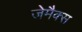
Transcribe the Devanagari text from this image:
जेमैक्स